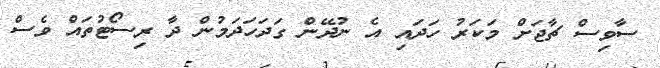
ސާވިސް ޗާޖަށް މަކަރު ހަދައި އެ ނުދޭން ގަދަހަދަމުން ދާ ރިސޯޓުތައް ވެސް